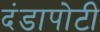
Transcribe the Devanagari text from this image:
दंडापोटी